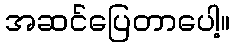
အဆင်ပြေတာပေါ့။